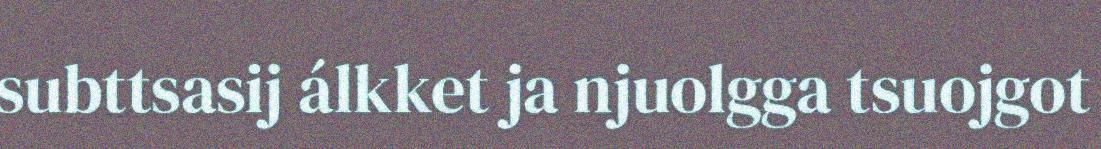
subttsasij álkket ja njuolgga tsuojgot